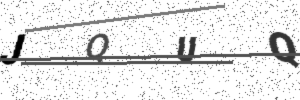
Text: JQUQ